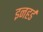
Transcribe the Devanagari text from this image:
इनहर्ड